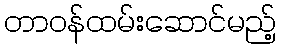
တာဝန်ထမ်းဆောင်မည့်